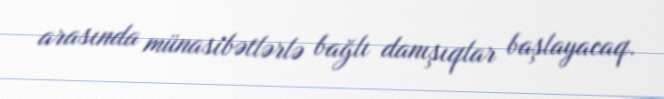
arasında münasibətlərlə bağlı danışıqlar başlayacaq.